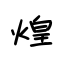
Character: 煌